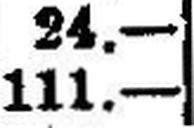
111.—